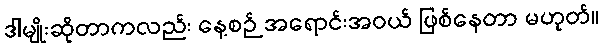
ဒါမျိုးဆိုတာကလည်း နေ့စဉ် အရောင်းအဝယ် ဖြစ်နေတာ မဟုတ်။